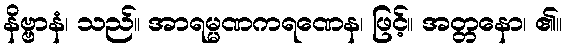
နိဗ္ဗာနံ၊ သည်။ အာရမ္မဏကရဏေန၊ ဖြင့်။ အတ္တနော၊ ၏။